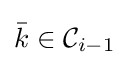
{\bar {k}}\in {\mathcal {C}}_{i-1}